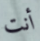
أنت